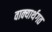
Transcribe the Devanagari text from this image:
वाक्यार्थगत